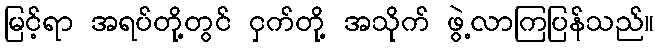
မြင့်ရာ အရပ်တို့တွင် ငှက်တို့ အသိုက် ဖွဲ့လာကြပြန်သည်။